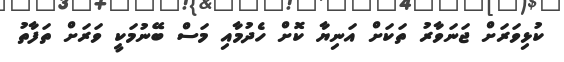
ކުޅިވަރަށް ޖަނަވާރު ތަކަށް އަނިޔާ ކޮށް ހެދުމާއި މަސް ބޭނުމަކީ ވަރަށް ތަފާތު